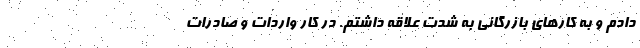
دادم و به کارهای بازرگانی به شدت علاقه داشتم. در کار واردات و صادرات